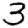
Digit: 3